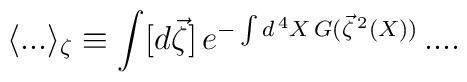
\langle ... \rangle_\zeta \equiv \int [d \vec{\zeta}] \, e^{- \int d^{\, 4} X \, G (\vec{\zeta}^{\, 2} (X))} \, ... .